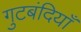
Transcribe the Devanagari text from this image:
गुटबंदियाँ